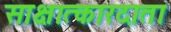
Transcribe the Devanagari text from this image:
साक्षात्कारदाता